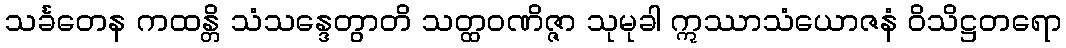
သင်္ခတေန ကထန္တိ သံသန္ဒေတွာတိ သတ္ထဝဏိဇ္ဇာ သုမုခါ ဣဿာသံယောဇနံ ဝိသိဋ္ဌတရော